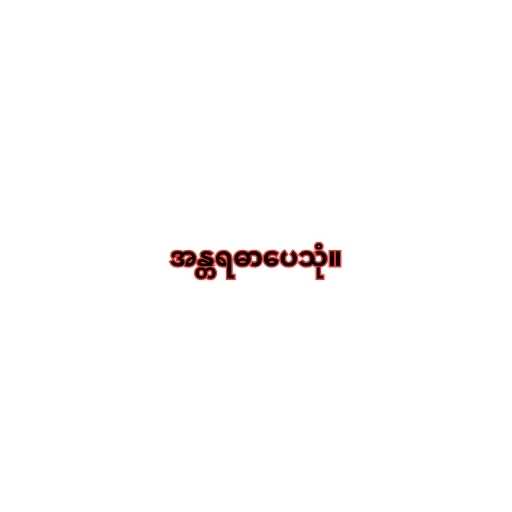
အန္တရဓာပေသုံ။